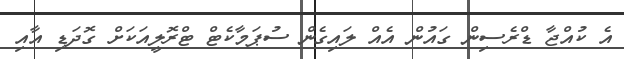
އެ ކުއްޖާ ޑްރެސިން ގައުން އެއް ލައިގެން ސުޕަމާކެޓް ޓްރޮލީއަކަށް ގޮދަޑި އާއި